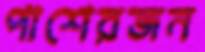
পাশেরজন